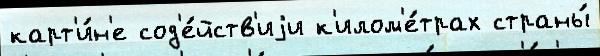
карт'и́н'е сод'е́йств'иjи к'илом'е́трах страны́